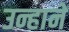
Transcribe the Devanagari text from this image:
उन्हानें